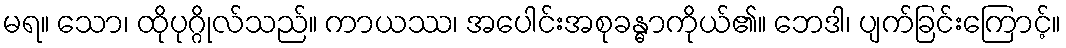
မရ။ သော၊ ထိုပုဂ္ဂိုလ်သည်။ ကာယဿ၊ အပေါင်းအစုခန္ဓာကိုယ်၏။ ဘေဒါ၊ ပျက်ခြင်းကြောင့်။